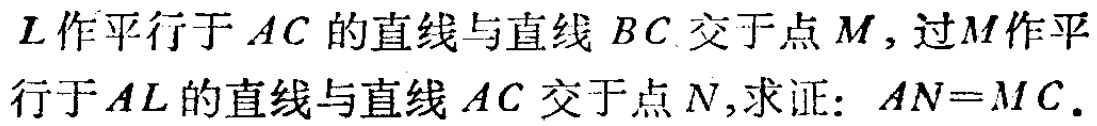
过\(L\)作平行于\(AC\)的直线与直线\(BC\)交于点\(M\)，过\(M\)作平行于\(AL\)的直线与直线\(AC\)交于点\(N\)，求证：\(AN = MC\)。